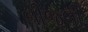
બીજલી